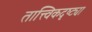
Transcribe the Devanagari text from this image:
तात्त्विकदृष्ट्या